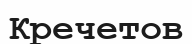
Кречетов